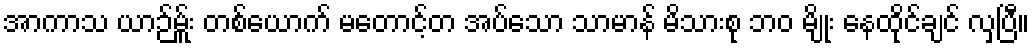
အာကာသ ယာဉ်မ်ှူး တစ်ယောက် မတောင့်တ အပ်သော သာမာန် မိသားစု ဘဝ မျိုး နေထိုင်ချင် လှပြီ။